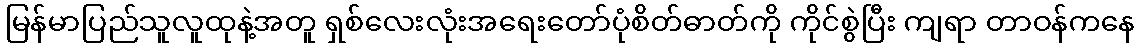
မြန်မာပြည်သူလူထုနဲ့အတူ ရှစ်လေးလုံးအရေးတော်ပုံစိတ်ဓာတ်ကို ကိုင်စွဲပြီး ကျရာ တာဝန်ကနေ